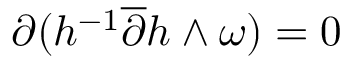
\partial ( h ^ { - 1 } \overline { { { \partial } } } h \wedge \omega ) = 0